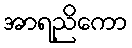
အာရညိကော